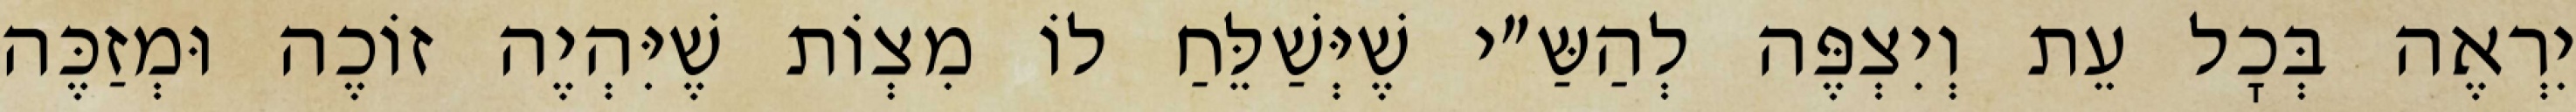
יִרְאֶה בְּכׇל עֵת וְיִצְפֶּה לְהַשַּ״י שֶׁיְּשַׁלֵּחַ לוֹ מִצְוֹת שֶׁיִּהְיֶה זוֹכֶה וּמְזַכֶּה